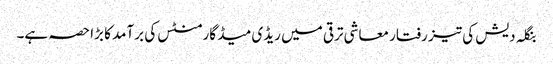
بنگلہ دیش کی تیز رفتار معاشی ترقی میں ریڈی میڈ گارمنٹس کی برآمد کا بڑا حصہ ہے۔